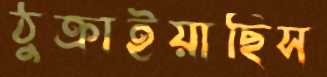
ঠুক্‌রাইয়াছিস